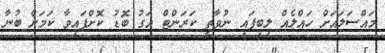
މައްސަލައަށް ހައްލެއް ލިބިފައި ނުވާތީ ކަރަންޓް އަގު ބޮޑު ކޮށްފައިވާ ކަމަށް ބުނާ